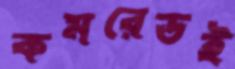
কমরেডই